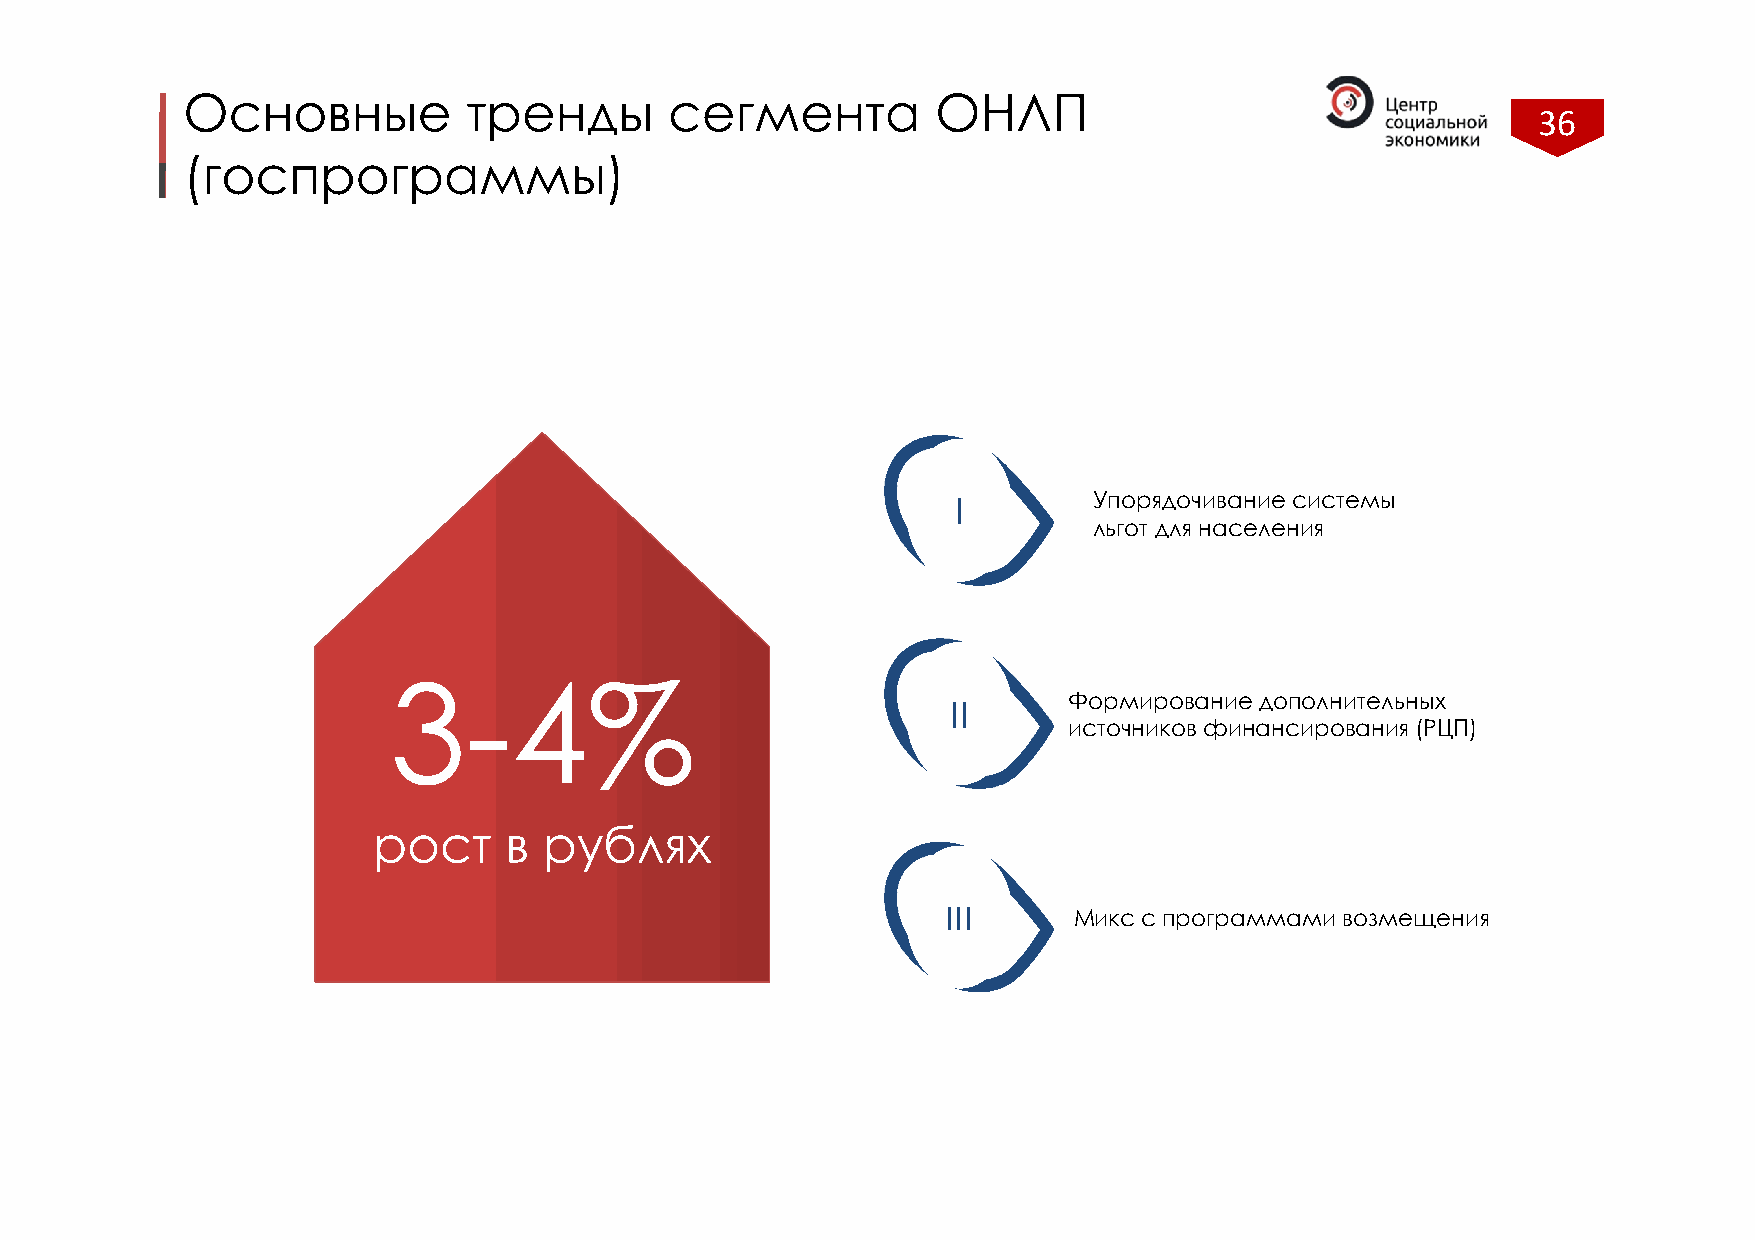
Основные           тренды       сегмента          ОНЛП
 36
 (госпрограммы)
 I        Упорядочивание системы
 льгот для населения
 3-4%
 II      Формирование дополнительных
 источников финансирования (РЦП)
 рост    в  рублях
 III
 Микс с программами возмещения